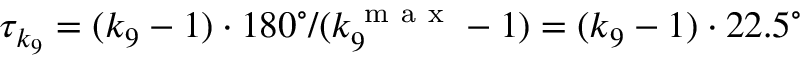
\tau _ { k _ { 9 } } = ( k _ { 9 } - 1 ) \cdot 1 8 0 ^ { \circ } / ( k _ { 9 } ^ { \mathrm { ~ m ~ a ~ x ~ } } - 1 ) = ( k _ { 9 } - 1 ) \cdot 2 2 . 5 ^ { \circ }